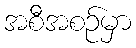
အစီအစဉ်မှာ